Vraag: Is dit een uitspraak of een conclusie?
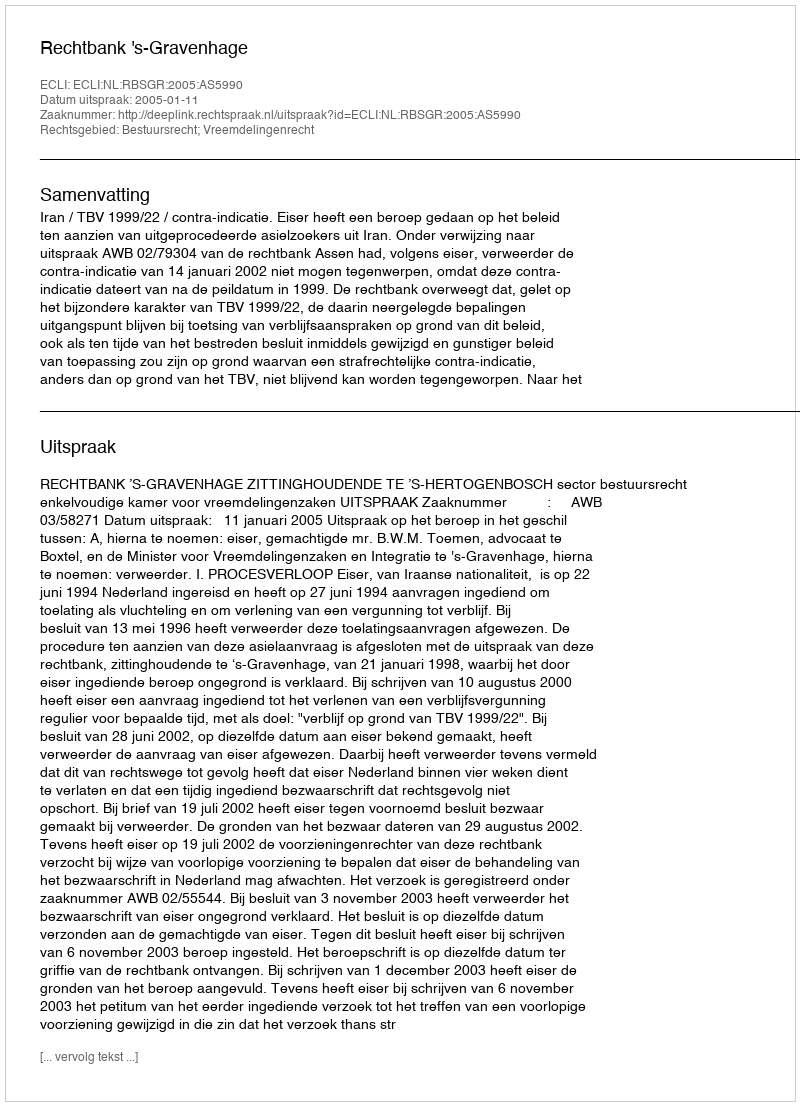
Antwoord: Uitspraak